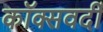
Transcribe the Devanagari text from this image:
कॉक्सवर्दी